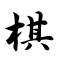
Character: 棋